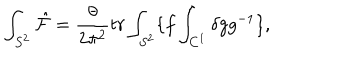
LaTeX: \int _ { S ^ { 2 } } \hat { \cal F } = \frac { \theta } { 2 \pi ^ { 2 } } t r \int _ { S ^ { 2 } } \{ f \int _ { C ^ { 1 } } \delta g g ^ { - 1 } \} ,